Source: Handwritten
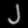
Digit: ၂ (2)